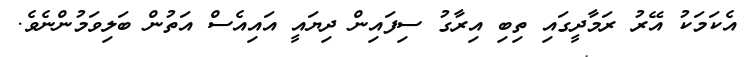
އެކަމަކު އޭރު ރަމާދީގައި ތިބި އިރާގު ސިފައިން ދިޔައީ އައިއެސް އަތުން ބަލިވަމުންނެވެ.